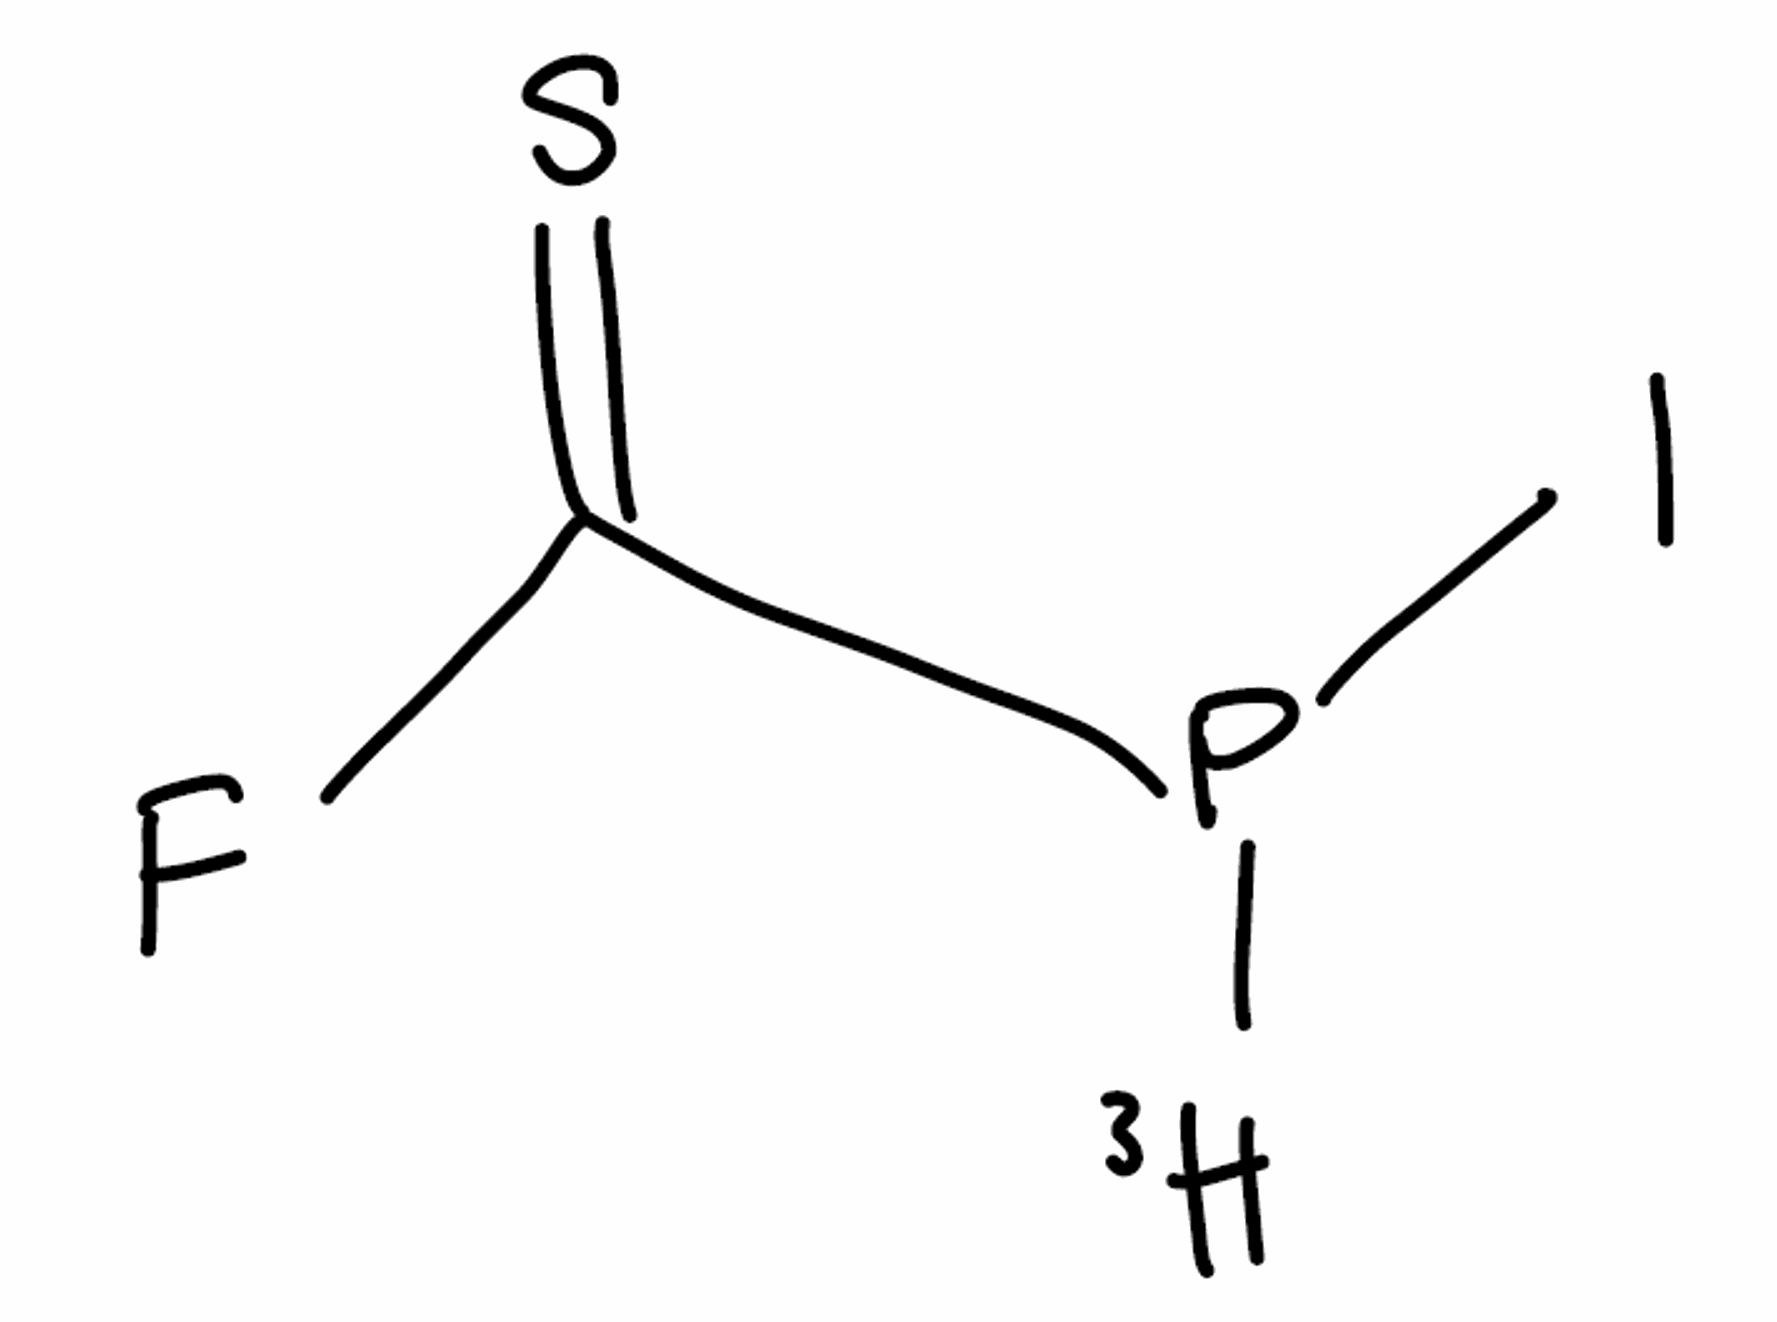
Simplified molecular-input line-entry system (SMILES) notation of the given molecule:
[3H]P(C(=S)F)I